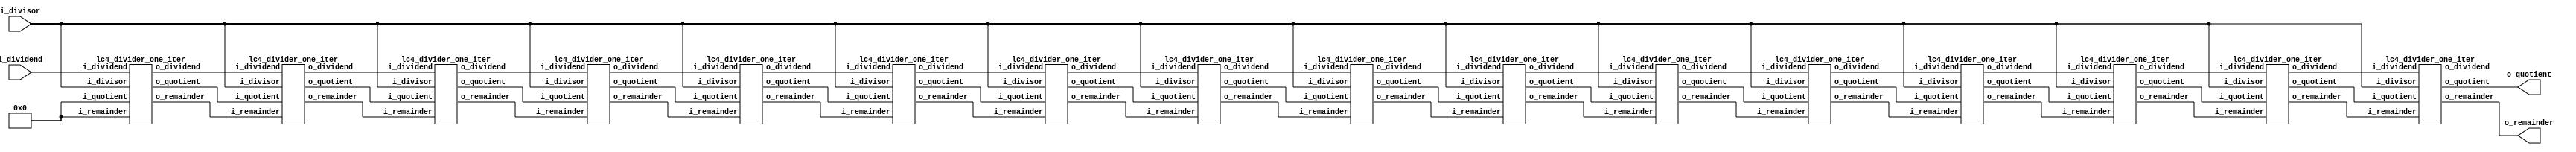
/* TODO: INSERT NAME AND PENNKEY HERE 
zlu15
Zhongyuan Lu*/
`timescale 1ns / 1ps
`default_nettype none

module lc4_divider(input  wire [15:0] i_dividend,
                   input  wire [15:0] i_divisor,
                   output wire [15:0] o_remainder,
                   output wire [15:0] o_quotient);

      /*** YOUR CODE HERE ***/
     wire [15:0] o_dividend_temp_0, o_remainder_temp_0, o_quotient_temp_0, temp_0;
     
    assign temp_0 = 16'b0;
    lc4_divider_one_iter iter0(.i_dividend(i_dividend), .i_divisor(i_divisor), .i_remainder(temp_0), .i_quotient(temp_0), 
                               .o_dividend(o_dividend_temp_0), .o_remainder(o_remainder_temp_0), .o_quotient(o_quotient_temp_0));
                          
    wire [15:0] o_dividend_temp_1, o_remainder_temp_1, o_quotient_temp_1;
    lc4_divider_one_iter iter1(.i_dividend(o_dividend_temp_0), .i_divisor(i_divisor), .i_remainder(o_remainder_temp_0), .i_quotient(o_quotient_temp_0), 
                               .o_dividend(o_dividend_temp_1), .o_remainder(o_remainder_temp_1), .o_quotient(o_quotient_temp_1));
    
    wire [15:0] o_dividend_temp_2, o_remainder_temp_2, o_quotient_temp_2;
    lc4_divider_one_iter iter2(.i_dividend(o_dividend_temp_1), .i_divisor(i_divisor), .i_remainder(o_remainder_temp_1), .i_quotient(o_quotient_temp_1), 
                               .o_dividend(o_dividend_temp_2), .o_remainder(o_remainder_temp_2), .o_quotient(o_quotient_temp_2));
                               
    wire [15:0] o_dividend_temp_3, o_remainder_temp_3, o_quotient_temp_3;
    lc4_divider_one_iter iter3(.i_dividend(o_dividend_temp_2), .i_divisor(i_divisor), .i_remainder(o_remainder_temp_2), .i_quotient(o_quotient_temp_2), 
                               .o_dividend(o_dividend_temp_3), .o_remainder(o_remainder_temp_3), .o_quotient(o_quotient_temp_3));
                           
    wire [15:0] o_dividend_temp_4, o_remainder_temp_4, o_quotient_temp_4;
    lc4_divider_one_iter iter4(.i_dividend(o_dividend_temp_3), .i_divisor(i_divisor), .i_remainder(o_remainder_temp_3), .i_quotient(o_quotient_temp_3), 
                               .o_dividend(o_dividend_temp_4), .o_remainder(o_remainder_temp_4), .o_quotient(o_quotient_temp_4)); 

    wire [15:0] o_dividend_temp_5, o_remainder_temp_5, o_quotient_temp_5;
    lc4_divider_one_iter iter5(.i_dividend(o_dividend_temp_4), .i_divisor(i_divisor), .i_remainder(o_remainder_temp_4), .i_quotient(o_quotient_temp_4), 
                               .o_dividend(o_dividend_temp_5), .o_remainder(o_remainder_temp_5), .o_quotient(o_quotient_temp_5));
    
    wire [15:0] o_dividend_temp_6, o_remainder_temp_6, o_quotient_temp_6;
    lc4_divider_one_iter iter6(.i_dividend(o_dividend_temp_5), .i_divisor(i_divisor), .i_remainder(o_remainder_temp_5), .i_quotient(o_quotient_temp_5), 
                               .o_dividend(o_dividend_temp_6), .o_remainder(o_remainder_temp_6), .o_quotient(o_quotient_temp_6));
                               
   wire [15:0] o_dividend_temp_7, o_remainder_temp_7, o_quotient_temp_7;
    lc4_divider_one_iter iter7(.i_dividend(o_dividend_temp_6), .i_divisor(i_divisor), .i_remainder(o_remainder_temp_6), .i_quotient(o_quotient_temp_6), 
                               .o_dividend(o_dividend_temp_7), .o_remainder(o_remainder_temp_7), .o_quotient(o_quotient_temp_7));
                           
    wire [15:0] o_dividend_temp_8, o_remainder_temp_8, o_quotient_temp_8;
    lc4_divider_one_iter iter8(.i_dividend(o_dividend_temp_7), .i_divisor(i_divisor), .i_remainder(o_remainder_temp_7), .i_quotient(o_quotient_temp_7), 
                               .o_dividend(o_dividend_temp_8), .o_remainder(o_remainder_temp_8), .o_quotient(o_quotient_temp_8));
                             
                              
     wire [15:0] o_dividend_temp_9, o_remainder_temp_9, o_quotient_temp_9;
     lc4_divider_one_iter iter9(.i_dividend(o_dividend_temp_8), .i_divisor(i_divisor), .i_remainder(o_remainder_temp_8), .i_quotient(o_quotient_temp_8), 
                                .o_dividend(o_dividend_temp_9), .o_remainder(o_remainder_temp_9), .o_quotient(o_quotient_temp_9));
     
     wire [15:0] o_dividend_temp_10, o_remainder_temp_10, o_quotient_temp_10;
     lc4_divider_one_iter iter10(.i_dividend(o_dividend_temp_9), .i_divisor(i_divisor), .i_remainder(o_remainder_temp_9), .i_quotient(o_quotient_temp_9), 
                                .o_dividend(o_dividend_temp_10), .o_remainder(o_remainder_temp_10), .o_quotient(o_quotient_temp_10));
                                
     wire [15:0] o_dividend_temp_11, o_remainder_temp_11, o_quotient_temp_11;
     lc4_divider_one_iter iter11(.i_dividend(o_dividend_temp_10), .i_divisor(i_divisor), .i_remainder(o_remainder_temp_10), .i_quotient(o_quotient_temp_10), 
                                .o_dividend(o_dividend_temp_11), .o_remainder(o_remainder_temp_11), .o_quotient(o_quotient_temp_11));
                            
     wire [15:0] o_dividend_temp_12, o_remainder_temp_12, o_quotient_temp_12;
     lc4_divider_one_iter iter12(.i_dividend(o_dividend_temp_11), .i_divisor(i_divisor), .i_remainder(o_remainder_temp_11), .i_quotient(o_quotient_temp_11), 
                                .o_dividend(o_dividend_temp_12), .o_remainder(o_remainder_temp_12), .o_quotient(o_quotient_temp_12)); 
    
     wire [15:0] o_dividend_temp_13, o_remainder_temp_13, o_quotient_temp_13;
     lc4_divider_one_iter iter13(.i_dividend(o_dividend_temp_12), .i_divisor(i_divisor), .i_remainder(o_remainder_temp_12), .i_quotient(o_quotient_temp_12), 
                                .o_dividend(o_dividend_temp_13), .o_remainder(o_remainder_temp_13), .o_quotient(o_quotient_temp_13));
     
     wire [15:0] o_dividend_temp_14, o_remainder_temp_14, o_quotient_temp_14;
     lc4_divider_one_iter iter14(.i_dividend(o_dividend_temp_13), .i_divisor(i_divisor), .i_remainder(o_remainder_temp_13), .i_quotient(o_quotient_temp_13), 
                                .o_dividend(o_dividend_temp_14), .o_remainder(o_remainder_temp_14), .o_quotient(o_quotient_temp_14));
                                
     wire [15:0] o_dividend_temp_15, o_remainder_temp_15, o_quotient_temp_15;
     lc4_divider_one_iter iter15(.i_dividend(o_dividend_temp_14), .i_divisor(i_divisor), .i_remainder(o_remainder_temp_14), .i_quotient(o_quotient_temp_14), 
                                .o_dividend(o_dividend_temp_15), .o_remainder(o_remainder_temp_15), .o_quotient(o_quotient_temp_15));
   
     assign o_remainder = o_remainder_temp_15;
     assign o_quotient = o_quotient_temp_15;
                                                                             
endmodule // lc4_divider


module lc4_divider_one_iter(input  wire [15:0] i_dividend,
                            input  wire [15:0] i_divisor,
                            input  wire [15:0] i_remainder,
                            input  wire [15:0] i_quotient,
                            output wire [15:0] o_dividend,
                            output wire [15:0] o_remainder,
                            output wire [15:0] o_quotient);
      /*** YOUR CODE HERE ***/
      wire [15:0] tmp_remainder;      
      assign tmp_remainder = (i_remainder << 1)|(i_dividend >> 15)&16'b1;
      assign o_quotient = (i_divisor == 16'b0) ? 16'b0:((tmp_remainder < i_divisor)?(i_quotient<<1):((i_quotient<<1)|16'b1));
      assign o_remainder = (i_divisor == 16'b0) ? 16'b0 : ((tmp_remainder < i_divisor)?tmp_remainder:(tmp_remainder-i_divisor));
      assign o_dividend = i_dividend << 1;
      
   
endmodule